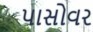
પાસોવર